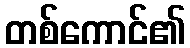
တစ်ကောင်၏